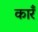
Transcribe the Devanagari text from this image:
कारँ